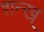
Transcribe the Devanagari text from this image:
शन्ख्